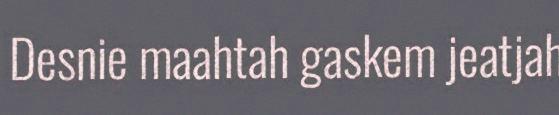
Desnie maahtah gaskem jeatjah